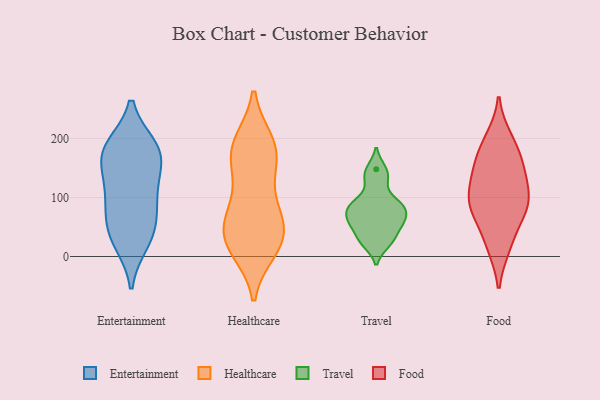
{"axis": {"x": "Production Output", "y": "Value"}, "legend": ["Entertainment", "Food", "Healthcare", "Travel"], "data": [{"x": "", "y": 33, "type": "Entertainment"}, {"x": "", "y": 107, "type": "Entertainment"}, {"x": "", "y": 173, "type": "Entertainment"}, {"x": "", "y": 45, "type": "Entertainment"}, {"x": "", "y": 161, "type": "Entertainment"}, {"x": "", "y": 183, "type": "Entertainment"}, {"x": "", "y": 178, "type": "Entertainment"}, {"x": "", "y": 92, "type": "Entertainment"}, {"x": "", "y": 125, "type": "Entertainment"}, {"x": "", "y": 25, "type": "Entertainment"}, {"x": "", "y": 70, "type": "Entertainment"}, {"x": "", "y": 185, "type": "Entertainment"}, {"x": "", "y": 193, "type": "Healthcare"}, {"x": "", "y": 24, "type": "Healthcare"}, {"x": "", "y": 24, "type": "Healthcare"}, {"x": "", "y": 84, "type": "Healthcare"}, {"x": "", "y": 150, "type": "Healthcare"}, {"x": "", "y": 60, "type": "Healthcare"}, {"x": "", "y": 189, "type": "Healthcare"}, {"x": "", "y": 83, "type": "Healthcare"}, {"x": "", "y": 189, "type": "Healthcare"}, {"x": "", "y": 150, "type": "Healthcare"}, {"x": "", "y": 176, "type": "Healthcare"}, {"x": "", "y": 60, "type": "Healthcare"}, {"x": "", "y": 12, "type": "Healthcare"}, {"x": "", "y": 20, "type": "Healthcare"}, {"x": "", "y": 35, "type": "Healthcare"}, {"x": "", "y": 65, "type": "Travel"}, {"x": "", "y": 22, "type": "Travel"}, {"x": "", "y": 86, "type": "Travel"}, {"x": "", "y": 30, "type": "Travel"}, {"x": "", "y": 84, "type": "Travel"}, {"x": "", "y": 58, "type": "Travel"}, {"x": "", "y": 90, "type": "Travel"}, {"x": "", "y": 54, "type": "Travel"}, {"x": "", "y": 128, "type": "Travel"}, {"x": "", "y": 148, "type": "Travel"}, {"x": "", "y": 133, "type": "Food"}, {"x": "", "y": 79, "type": "Food"}, {"x": "", "y": 94, "type": "Food"}, {"x": "", "y": 153, "type": "Food"}, {"x": "", "y": 188, "type": "Food"}, {"x": "", "y": 198, "type": "Food"}, {"x": "", "y": 163, "type": "Food"}, {"x": "", "y": 22, "type": "Food"}, {"x": "", "y": 89, "type": "Food"}, {"x": "", "y": 19, "type": "Food"}, {"x": "", "y": 130, "type": "Food"}, {"x": "", "y": 79, "type": "Food"}, {"x": "", "y": 90, "type": "Food"}]}